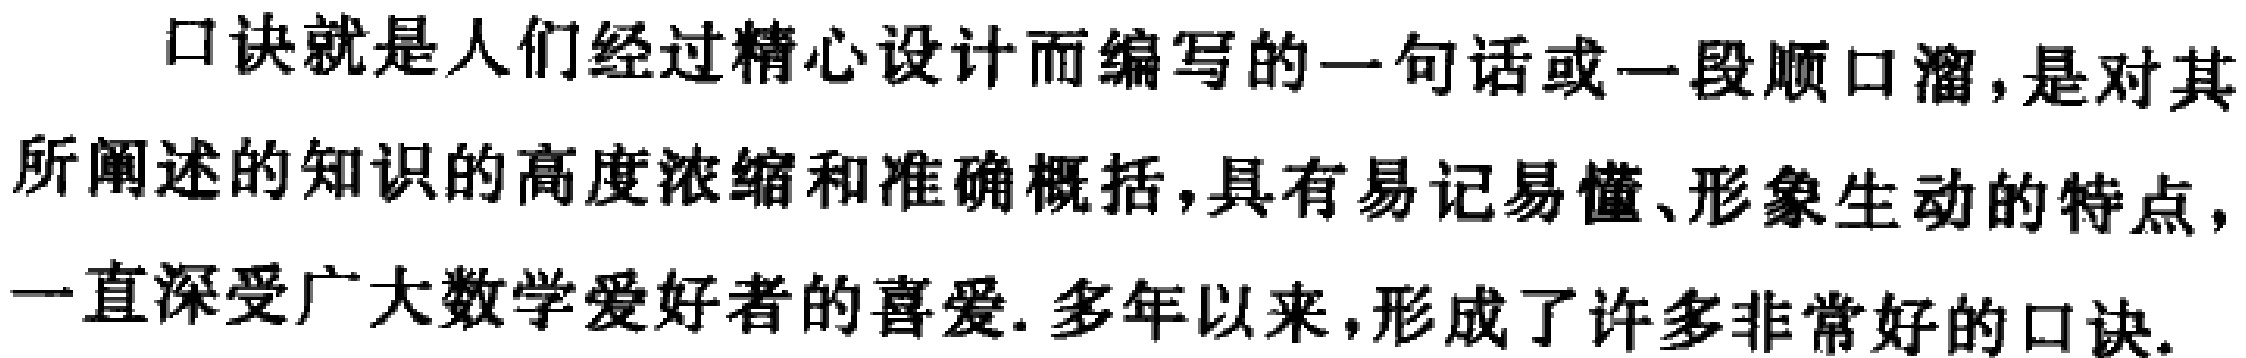
口诀就是人们经过精心设计而编写的一句话或一段顺口溜,是对其所阐述的知识的高度浓缩和准确概括,具有易记易懂、形象生动的特点，一直深受广大数学爱好者的喜爱.多年以来,形成了许多非常好的口诀.